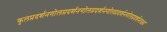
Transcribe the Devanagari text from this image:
कुलप्रदर्शनगोलप्रदर्शनगोलप्रदर्शनगोलप्रदर्शनगोलप्रदर्शनलक्ष्य